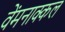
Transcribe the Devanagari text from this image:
वेंमनाक्कल